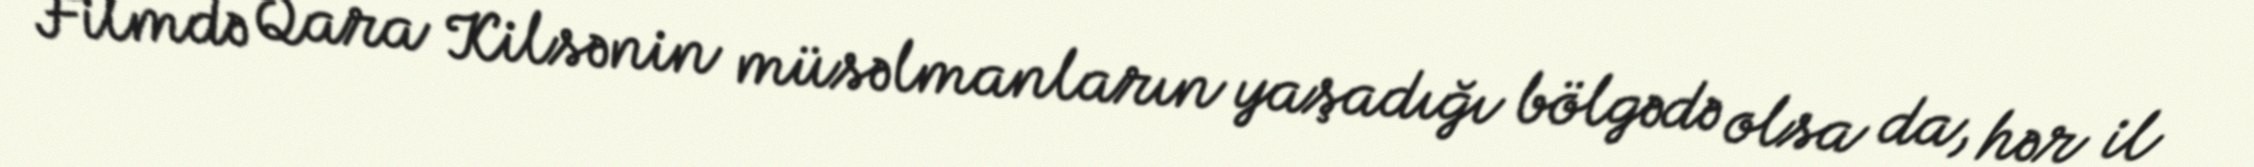
Filmdə Qara Kilsənin müsəlmanların yaşadığı bölgədə olsa da, hər il